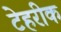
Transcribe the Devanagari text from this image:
टेहरीक